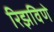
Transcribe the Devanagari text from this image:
रिझविणे